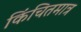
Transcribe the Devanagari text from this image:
किंचितमात्र